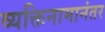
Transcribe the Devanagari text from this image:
व्यक्तिनामानंतर